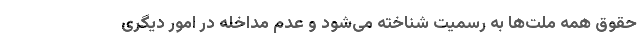
حقوق همه ملت‌ها به رسمیت شناخته می‌شود و عدم مداخله در امور دیگری